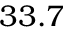
3 3 . 7